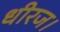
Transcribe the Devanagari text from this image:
धीरज।